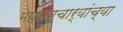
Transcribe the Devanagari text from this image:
माधवाचार्यांच्या